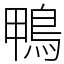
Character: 鴨